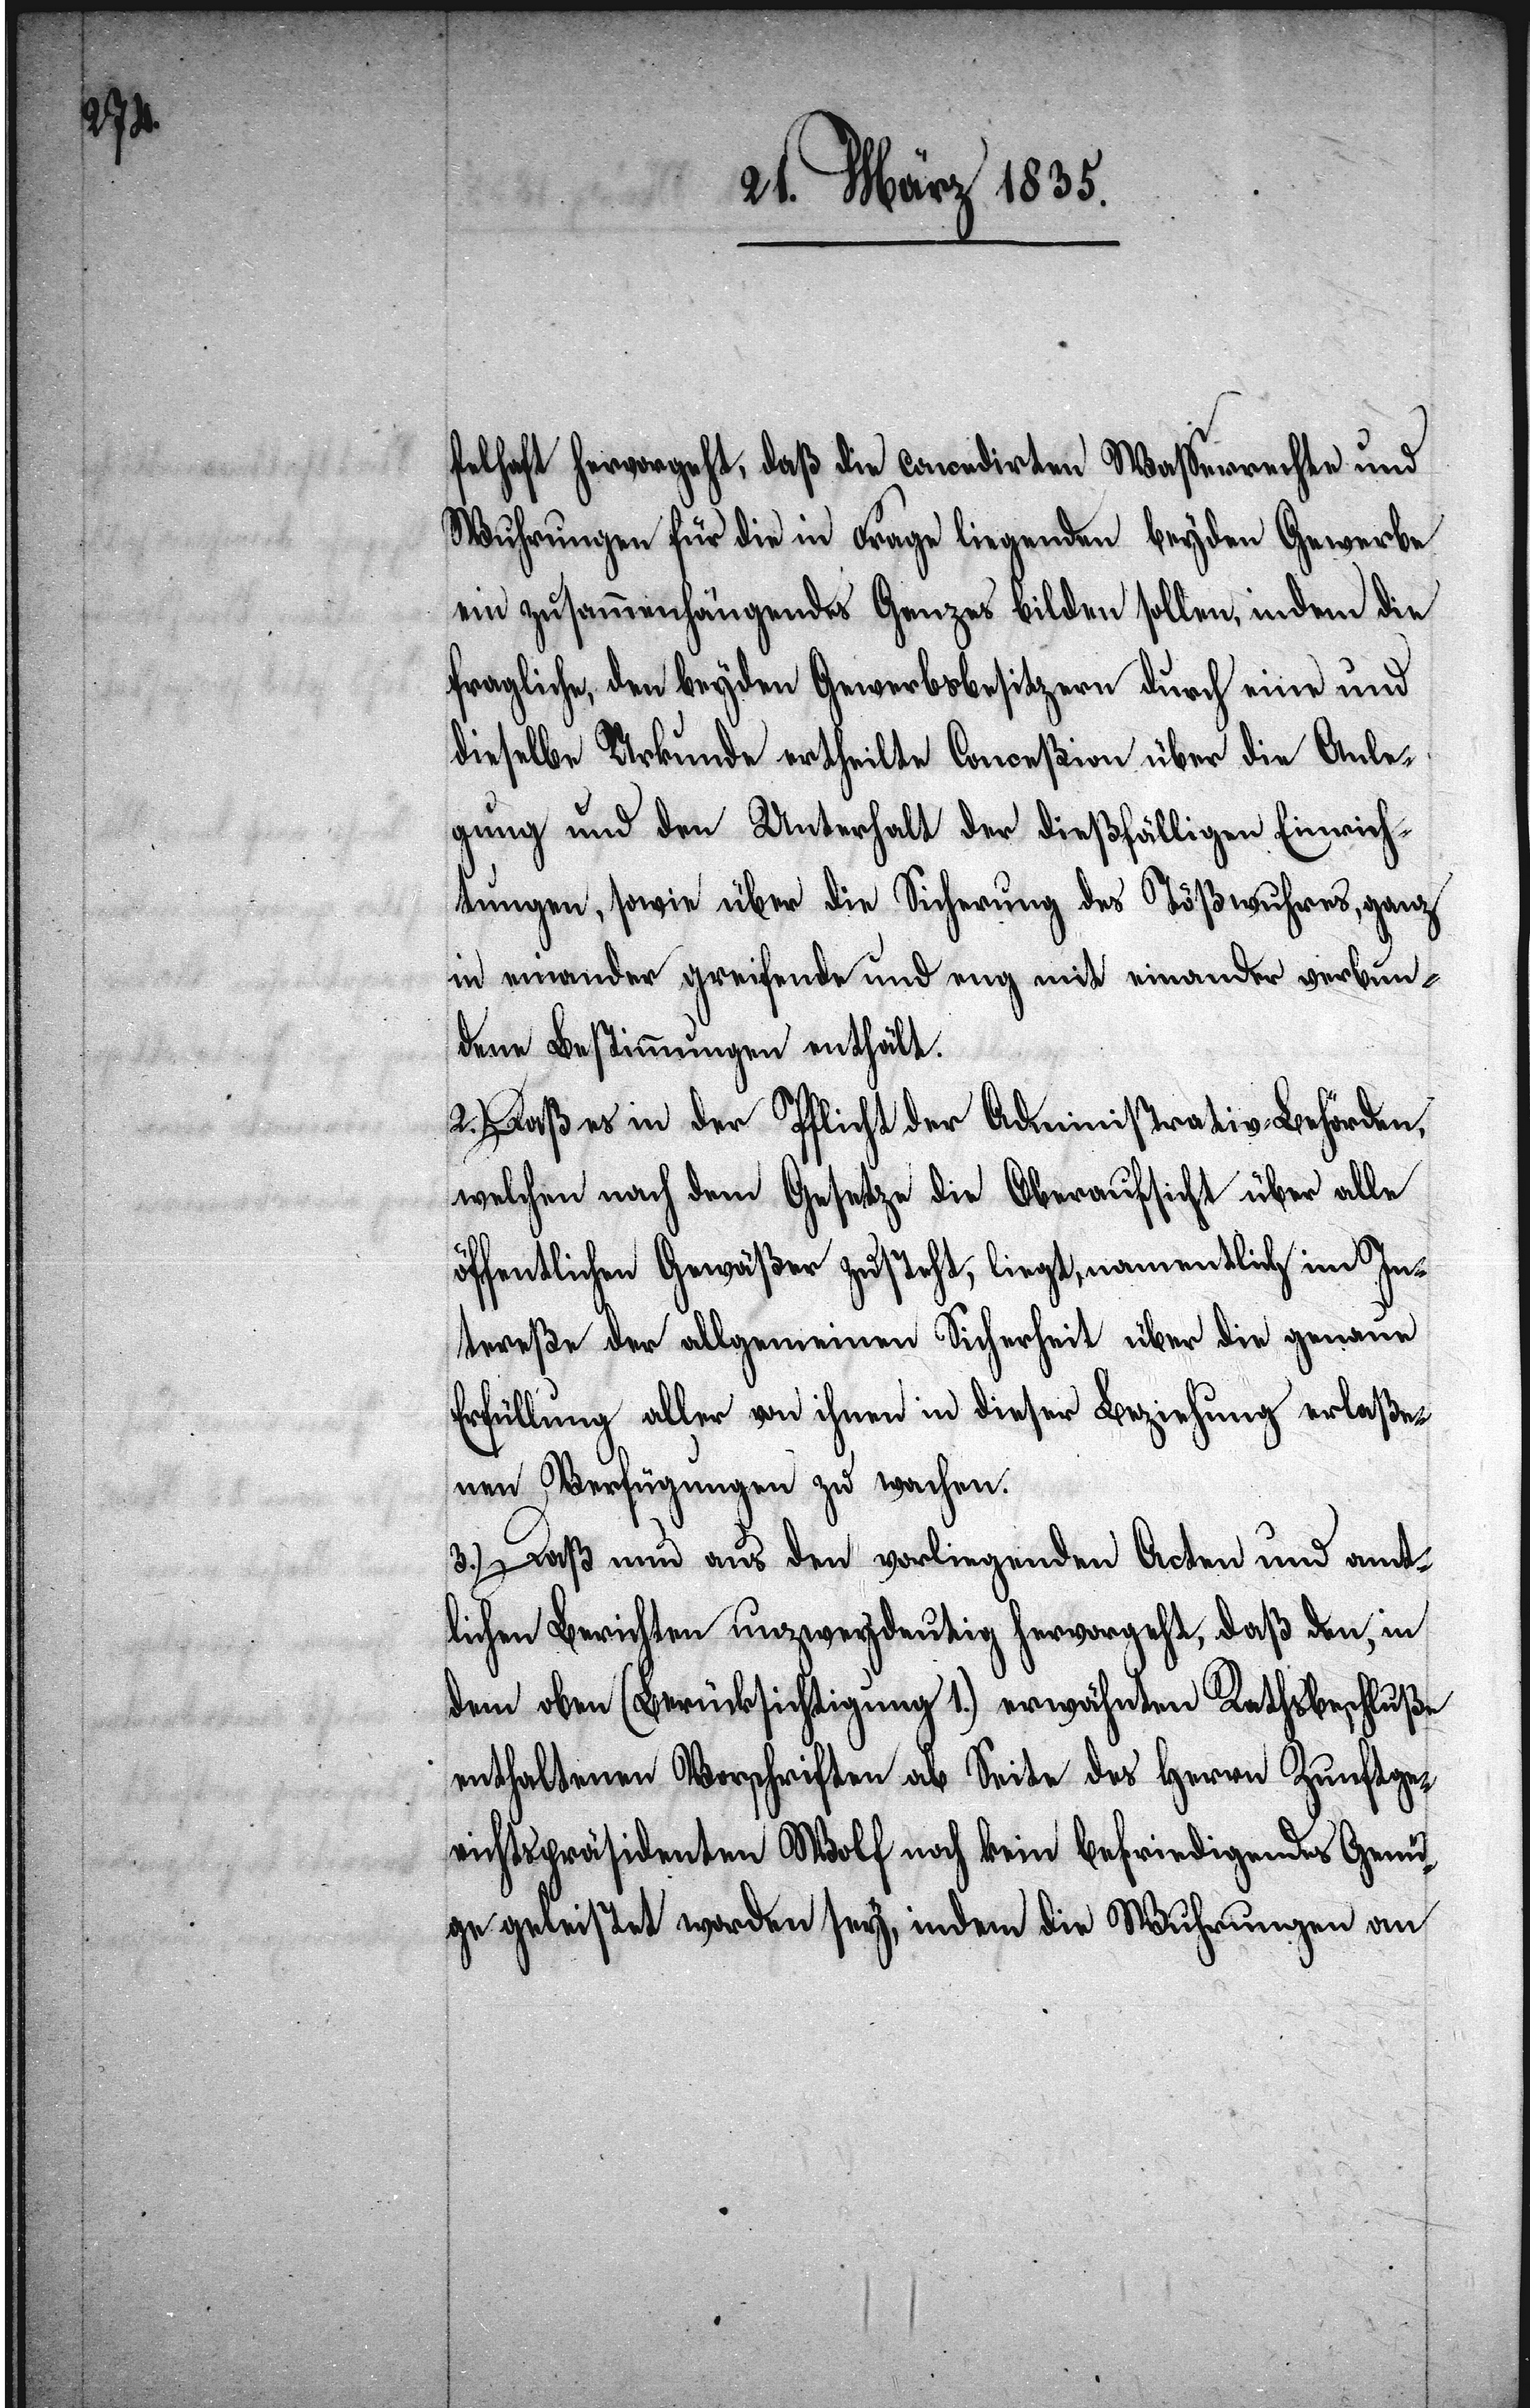
felhaft hervorgeht, daß die concedirten Waßerrechte und
Wuhrungen für die in Frage liegenden beyden Gewerbe
ein zusammenhängendes Ganzes bilden sollen, indem die
fragliche, den beyden Gewerbsbesitzern durch eine und
dieselbe Urkunde ertheilte Conceßion über die Anle¬
gung und den Unterhalt der dießfälligen Einrich¬
tungen, sowie über die Sicherung des Tößwuhres, ganz
in einander greifende und eng mit einander verbun¬
dene Bestimmungen enthält.
2.) Daß es in der Pflicht der Administrativ-Behörden,
welchen nach dem Gesetze die Oberaufsicht über alle
öffentlichen Gewäßer zusteht, liegt, namentlich im In¬
tereße der allgemeinen Sicherheit über die genaue
Erfüllung aller von ihnen in dieser Beziehung erlaßen¬
en Verfügungen zu wachen.
3.) Daß nun aus den vorliegenden Acten und amt¬
lichen Berichten unzweydeutig hervorgeht, daß den, in
dem oben (Berücksichtigung 1.) erwähnten Rathsbeschluße
enthaltenen Vorschriften ab Seite des Herrn Zunftge¬
richtspräsidenten Wolf noch kein befriedigendes Genü¬
ge geleistet worden sey, indem die Wuhrungen an